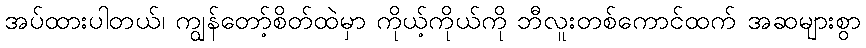
အပ်ထားပါတယ်၊ ကျွန်တော့်စိတ်ထဲမှာ ကိုယ့်ကိုယ်ကို ဘီလူးတစ်ကောင်ထက် အဆများစွာ